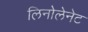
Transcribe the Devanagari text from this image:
लिनोलेनेट